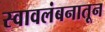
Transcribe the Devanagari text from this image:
स्वावलंबनातून